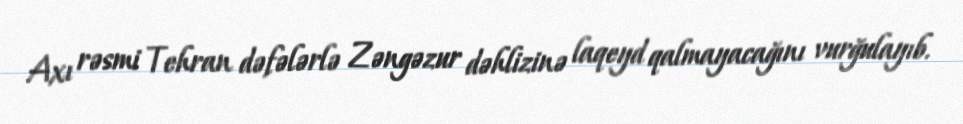
Axı rəsmi Tehran dəfələrlə Zəngəzur dəhlizinə laqeyd qalmayacağını vurğulayıb.